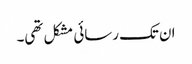
ان تک رسائی مشکل تھی۔